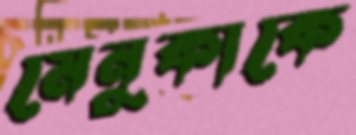
মেনুকাকে